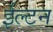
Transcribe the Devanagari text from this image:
ईल्टन